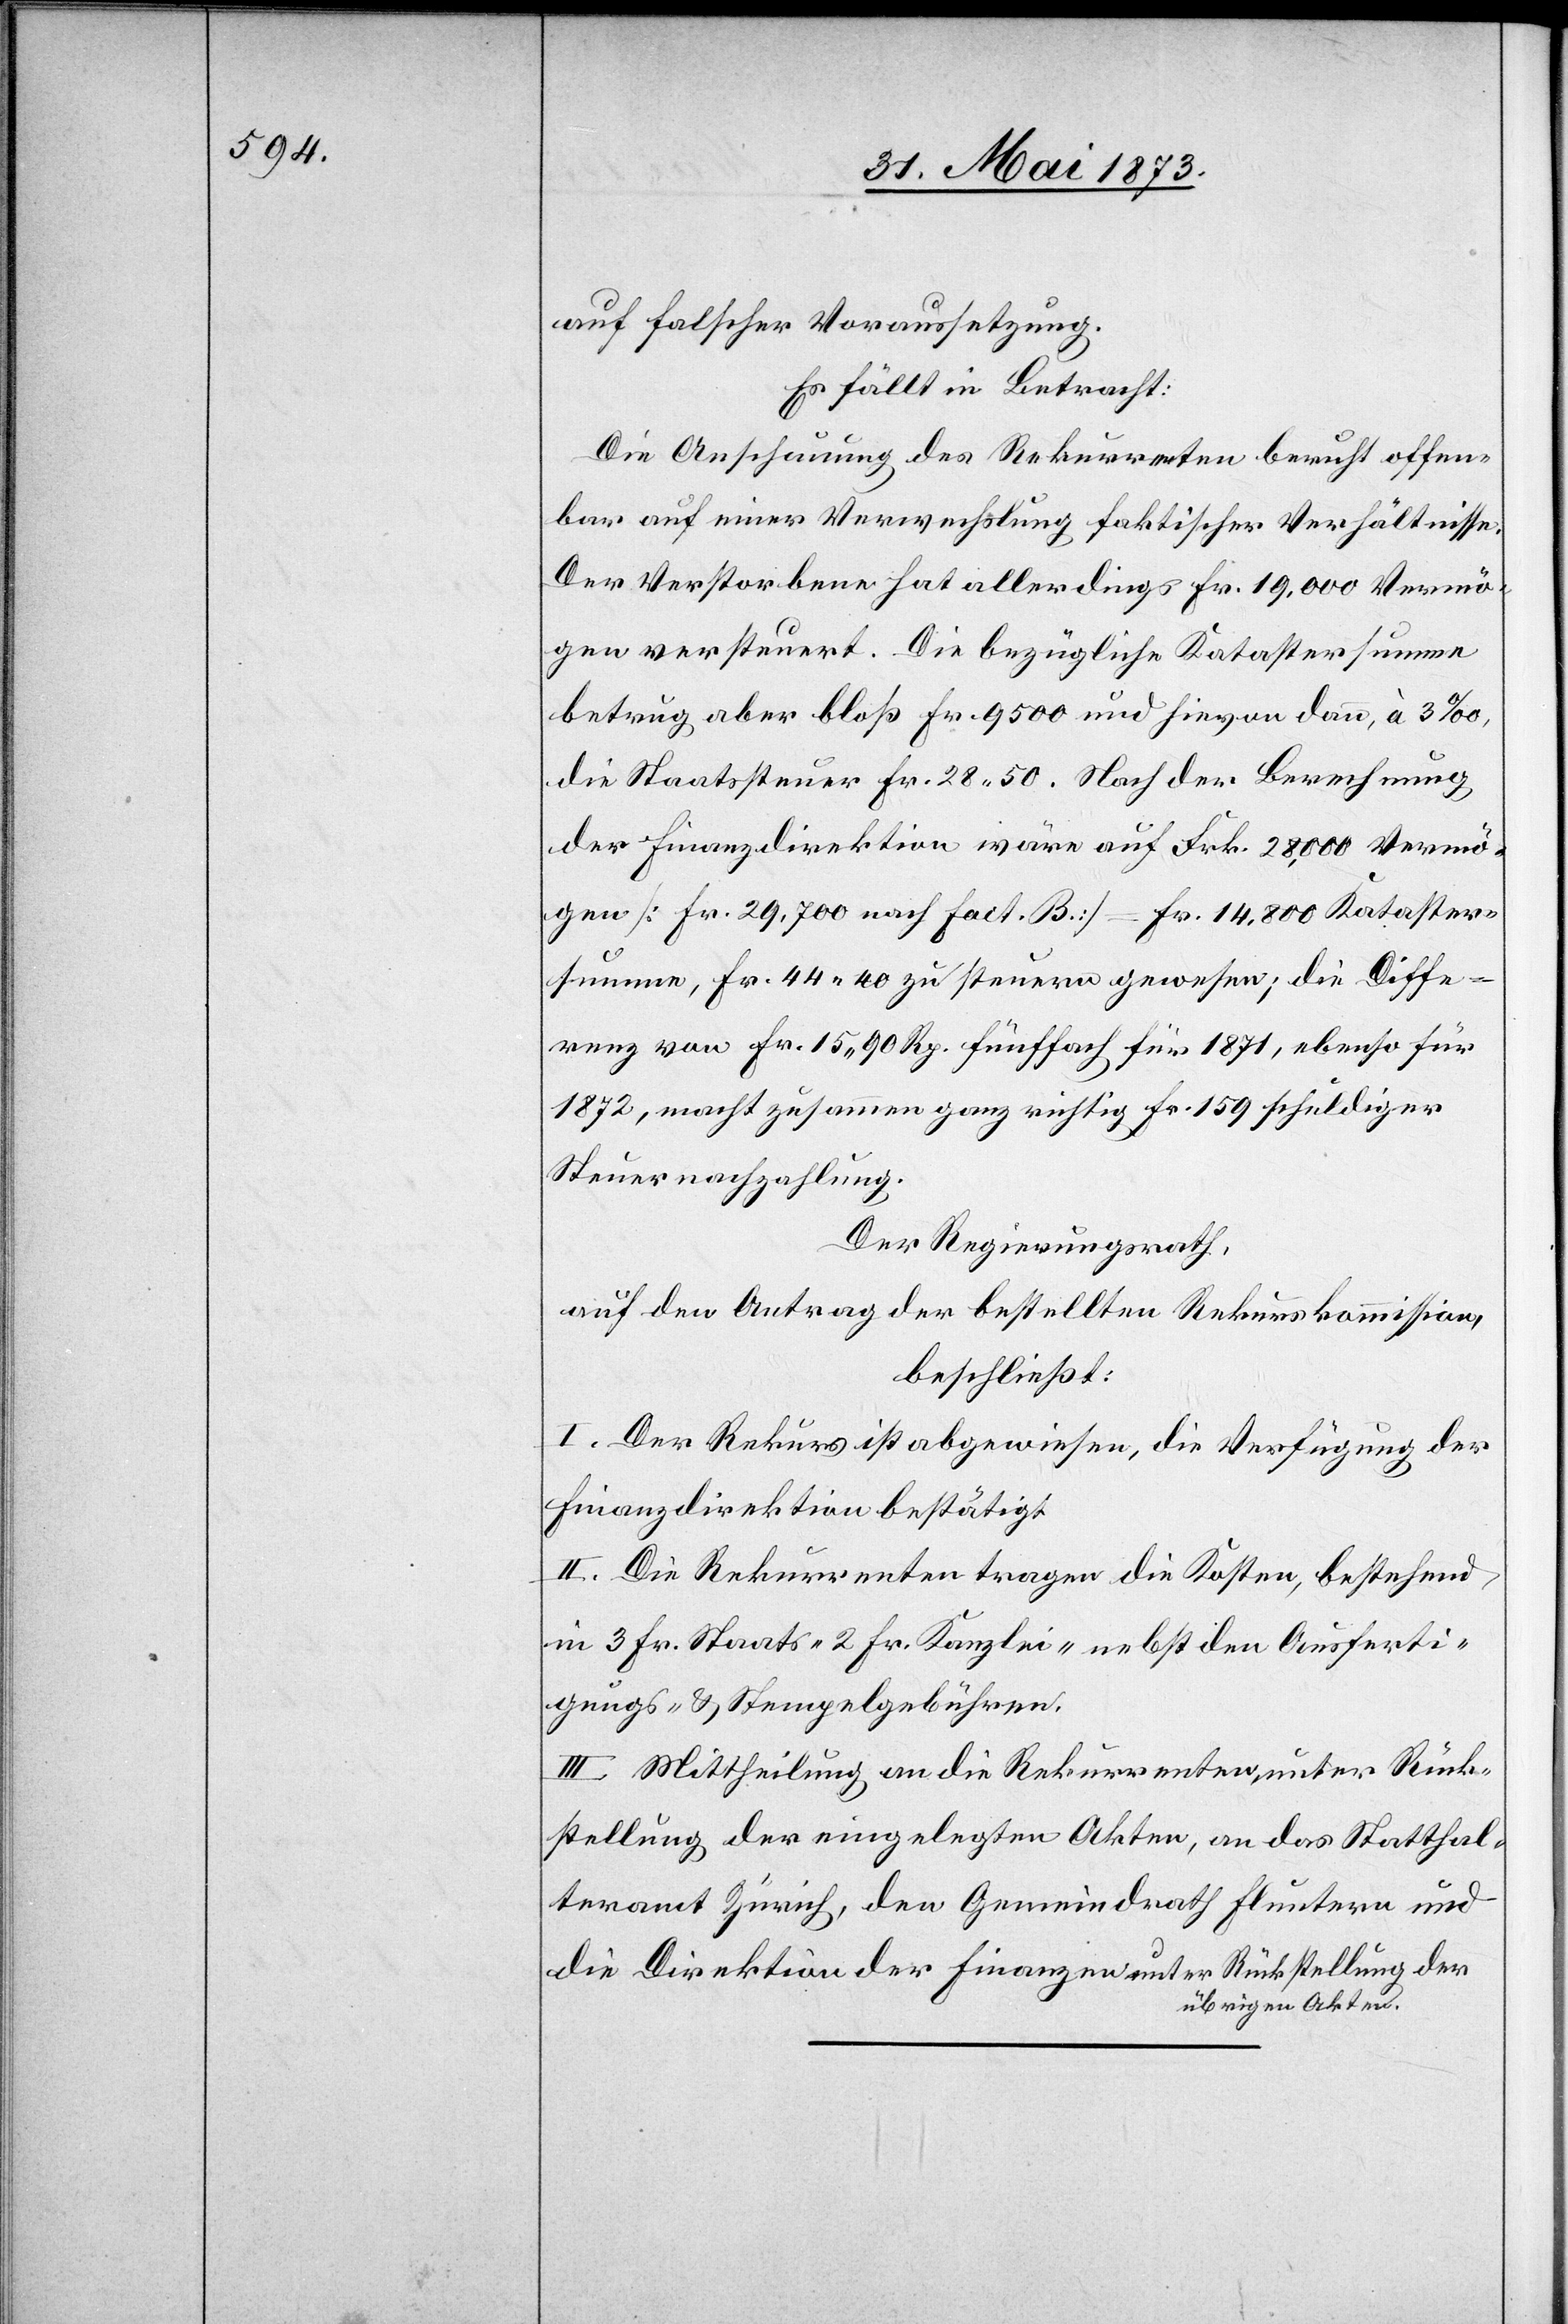
auf falscher Voraussetzung.
Es fällt in Betracht:
Die Anschauung des Rekurrenten beruht offen¬
bar auf einer Verwechslung faktischer Verhältnisse.
Der Verstorbene hat allerdings Fr. 19,000 Vermö¬
gen versteuert. Die bezügliche Katastersumme
betrug aber bloß Fr. 9 500 und hievon dann, à 3‰,
die Staatssteuer Fr. 28 50. Nach der Berechnung
der Finanzdirektion wäre auf Frk. 28,000 Vermö¬
gen [Fr. 29,700 nach Fact. B.] = Fr. 14,800 Kataster¬
summe, Fr. 44 40 zu steuern gewesen; die Diffe¬
renz von Fr. 15 90 Rp. fünffach für 1871, ebenso für
1872, macht zusammen ganz richtig Fr. 159 schuldiger
Steuernachzahlung.
Der Regierungsrath,
auf den Antrag der bestellten Rekurskommission,
beschließt:
I. Der Rekurs ist abgewiesen, die Verfügung der
Finanzdirektion bestätigt.
II. Die Rekurrenten tragen die Kosten, bestehend
in 3 Fr. Staats- 2 Fr. Kanzlei- nebst den Ausferti¬
gungs- & Stempelgebühren.
III. Mittheilung an die Rekurrenten, unter Rück¬
stellung der eingelegten Akten, an das Statthal¬
teramt Zürich, den Gemeindrath Fluntern und
die Direktion der Finanzen unter Rückstellung der
übrigen Akten.